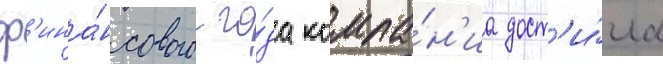
ф'ина́нсового го́да компа́н'иа дост'и́гла